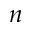
n